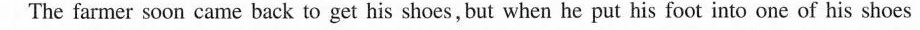
The farmer soon came back to get his shoes,but when he put his foot into one of his shoes